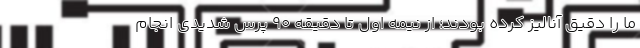
ما را دقیق آنالیز کرده بودند؛ از نیمه اول تا دقیقه 90 پرس شدیدی انجام